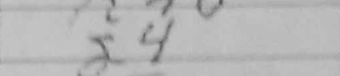
Transcription: g4